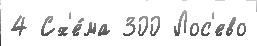
4 Сх'е́ма 300 Лос'ево